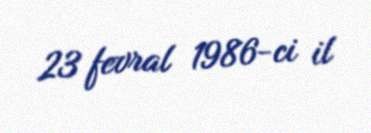
23 fevral 1986-ci il